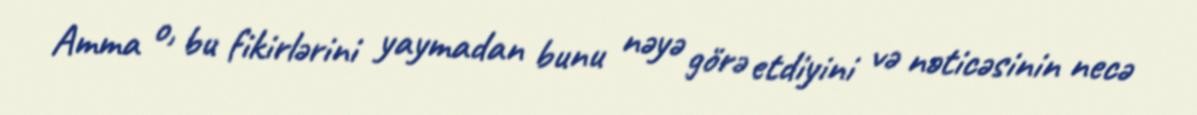
Amma o, bu fikirlərini yaymadan bunu nəyə görə etdiyini və nəticəsinin necə